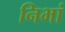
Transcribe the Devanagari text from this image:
निभां